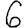
Digit: 6